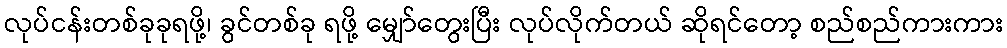
လုပ်ငန်းတစ်ခုခုရဖို့၊ ခွင်တစ်ခု ရဖို့ မျှော်တွေးပြီး လုပ်လိုက်တယ် ဆိုရင်တော့ စည်စည်ကားကား